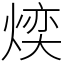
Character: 㷜